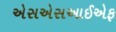
એસએસઆઈએફ